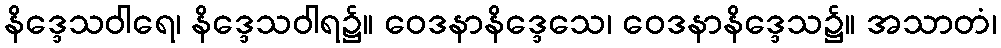
နိဒ္ဒေသဝါရေ၊ နိဒ္ဒေသဝါရ၌။ ဝေဒနာနိဒ္ဒေသေ၊ ဝေဒနာနိဒ္ဒေသ၌။ အသာတံ၊